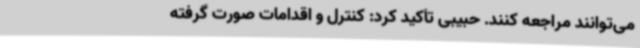
می‌توانند مراجعه کنند. حبیبی تأکید کرد: کنترل و اقدامات صورت گرفته